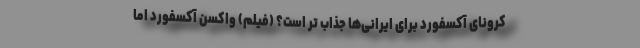
کرونای آکسفورد برای ایرانی‌ها جذاب تر است؟ (فیلم) واکسن آکسفورد اما